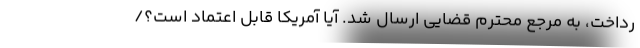
رداخت، به مرجع محترم قضایی ارسال شد. آیا آمریکا قابل اعتماد است؟/